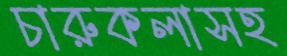
চারুকলাসহ